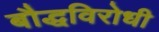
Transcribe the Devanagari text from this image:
बौद्धविरोधी